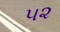
૫૨